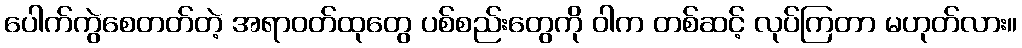
ပေါက်ကွဲစေတတ်တဲ့ အရာဝတ်ထုတွေ ပစ်စည်းတွေကို ဝါက တစ်ဆင့် လုပ်ကြတာ မဟုတ်လား။